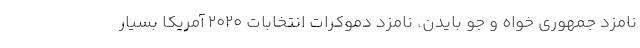
نامزد جمهوری خواه و جو بایدن، نامزد دموکرات انتخابات ۲۰۲۰ آمریکا بسیار